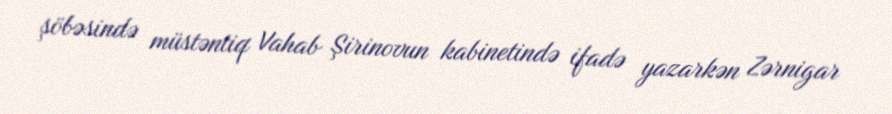
şöbəsində müstəntiq Vahab Şirinovun kabinetində ifadə yazarkən Zərnigar